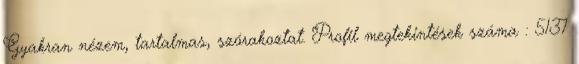
Gyakran nézem, tartalmas, szórakoztat. Profil megtekintések száma : 5137